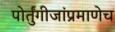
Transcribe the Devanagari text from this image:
पोर्तुंगीजांप्रमाणेच